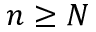
n \geq N